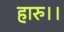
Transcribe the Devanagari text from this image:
हारु।।